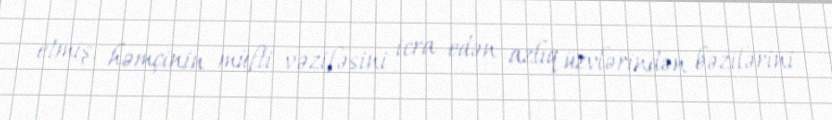
etmiş, həmçinin müfti vəzifəsini icra edən azlıq üzvlərindən bəzilərini